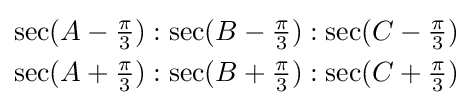
{\begin{aligned}\sec(A-{\tfrac {\pi }{3}}):\sec(B-{\tfrac {\pi }{3}}):\sec(C-{\tfrac {\pi }{3}})\\\sec(A+{\tfrac {\pi }{3}}):\sec(B+{\tfrac {\pi }{3}}):\sec(C+{\tfrac {\pi }{3}})\end{aligned}}